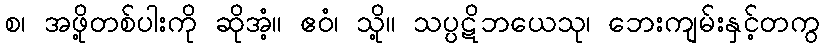
စ၊ အဖို့တစ်ပါးကို ဆိုအံ့။ ဧဝံ၊ သို့။ သပ္ပဋိဘယေသု၊ ဘေးကျမ်းနှင့်တကွ